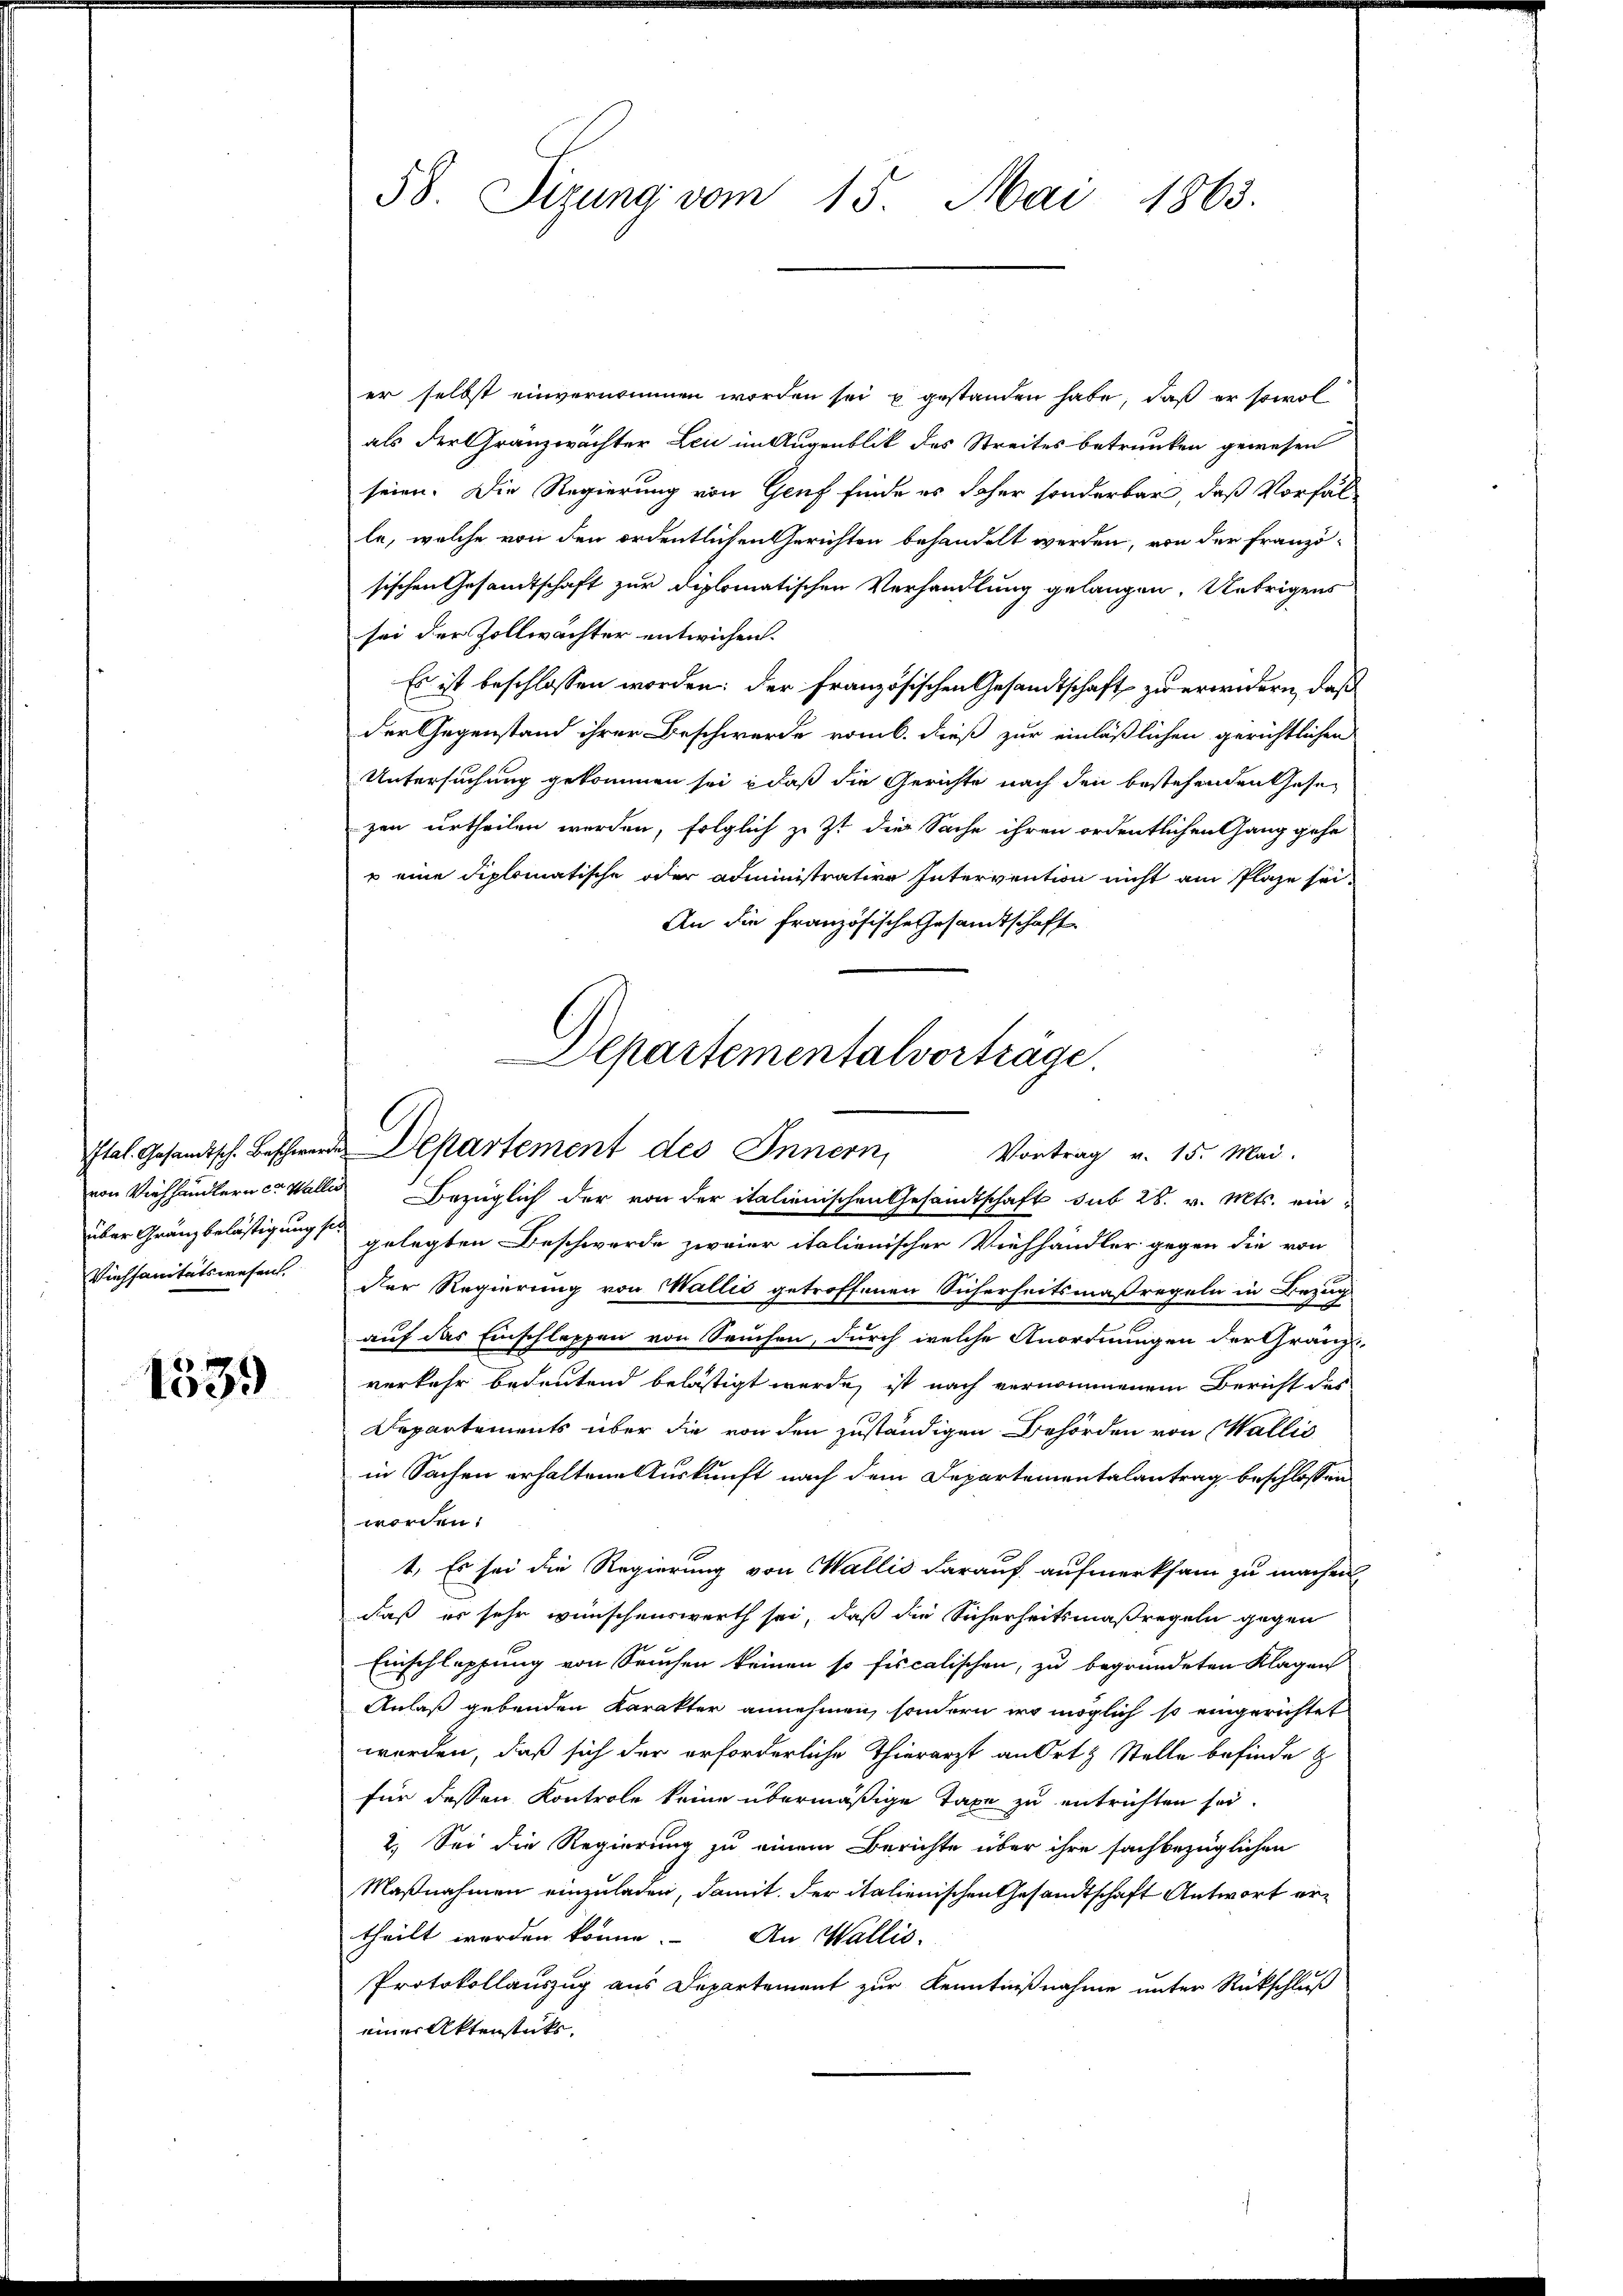
Viehsanitätswesen.

1539

58. Sizung vom 15. Mai 1863.

er selbst einvernommen worden sei u gestanden habe, daß er sowol
als der Gränzwächter Lei im Augenblik des Streites betrunken gewesen
seien. Die Regierung von Genf finde es daher sonderbar, daß Vorfäl-
le, welche von den ordentlichen Gerichten behandelt werden, von der französischen Gesandtschaft zur Diplomatischen Verhandlung gelangen. Uebrigens
sei der Zollwächter entwichen.
Es ist beschlossen worden; der französischen Gesandtschaft zu erwidern, daß
der Gegenstand ihrer Beschwerde romb. dieß zur einläßlichen gerichtlichen
Untersuchung gekommen sei, daß die Gerichte nach den bestehenden Gesezen urtheilen werden, folglich zu zt die Sache ihren ordentlichen Gang gehe
u eine diplomatische oder Administrative Intervention nicht am Plaze sei
An die französische Gesandtschaft
Departementalverträge.

Ital. Gesandtsche Beschwerde Departement des Innern,
Vortrag v. 15. Mai.

von Viehhändlern ca. Wallis Bezüglich der von der italienischen Gesandtschaft sub 28. v. Mts. ein-
über Gränzbelästigung sie gelegten Beschwerde zweier italienischer Viehhändler gegen die von
Der Regierung von Wallis getroffenen Sicherheitsmaßregeln in Bezug
auf das Einschleppen von Seuchen, durch welche Anordnungen der Gränzverkehr bedeutend belästigt werde, ist nach vernommenem Bericht des
Departements über die von den zuständigen Behörden von Wallis
in Sachen erhaltene Auskunft nach dem Departementalantrag beschlossen
worden:
t. Es sei die Regierung von Wallis darauf aufmerksam zu machen
daß er sehr wünschenswerth sei, daß die Sicherheitsmaßregeln gegen
Einschlüpfung von Seuchen keinen so fiscalischen, zu begründeten Klagen
Anlaß gebenden Karakter annehmen, sondern wo möglich so eingerichtet
worden, daß sich der erforderliche Thierarzt an Ort & Stelle befinde z
für dessen Kontrole keine übermäßige Taxe zu entrichten sei.
2.) Sei die Regierung zu einem Berichte über ihre fachbezüglichen
Maßnahmen einzuladen, damit der italienischen Gesandtschaft Antwort ertheilt worden könne. An Wallis,
Protokollauszug aus Departement zur Kenntnißnahme unter Rückschluß
einer Aktenstücks.